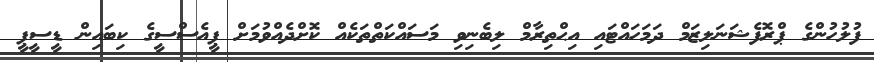
ފުލުހުންގެ ޕްރޮފެޝަނަލިޒަމް ދަމަހައްޓައި އިޙްތިރާމް ލިބެނިވި މަސައްކަތްތަކެއް ކޮށްދެއްވުމަށް ޕީއެސްސީގެ ކިބައިން ޑީސީޕީ